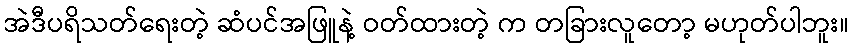
အဲဒီပရိသတ်ရေးတဲ့ ဆံပင်အဖြူနဲ့ ဝတ်ထားတဲ့ က တခြားလူတော့ မဟုတ်ပါဘူး။